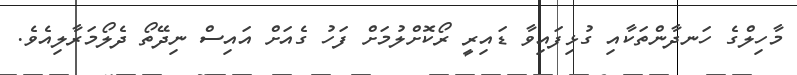
މާހިލްގެ ހަނދާންތަކާއި ގުޅިފައިވާ ޑައިރީ ރޯކޮށްލުމަށް ފަހު ގެއަށް އައިސް ނިދޭތޯ ދެލޯމަރާލިއެވެ.